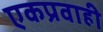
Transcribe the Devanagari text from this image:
एकप्रवाही